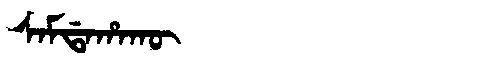
Manchu: ᠰᠠᠮᡩᠠᡥᠠᡴᡡ
Romanization: SAMDAHAKŪ